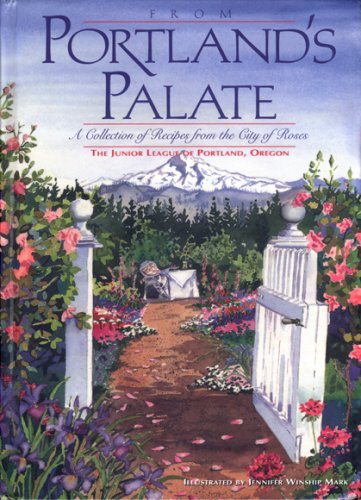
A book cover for From Portland's Palate: A Collection of Recipes from the City of Roses; Cookbooks, Food & Wine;